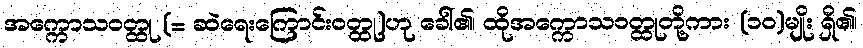
အက္ကောသဝတ္ထု (= ဆဲရေးကြောင်းဝတ္ထု)ဟု ခေါ်၏၊ ထိုအက္ကောသဝတ္ထုတို့ကား (၁၀)မျိုး ရှိ၏၊